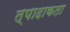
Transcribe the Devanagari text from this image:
त्पादाकता